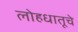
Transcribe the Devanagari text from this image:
लोहधातूचे